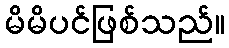
မိမိပင်ဖြစ်သည်။